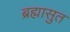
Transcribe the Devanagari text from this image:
ब्रह्मासुत